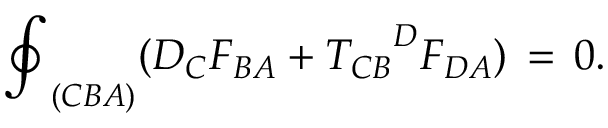
{ \oint } _ { ( C B A ) } ( D _ { C } F _ { B A } + { { T _ { C B } } ^ { D } } F _ { D A } ) \, = \, 0 .